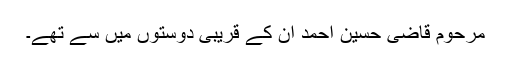
مرحوم قاضی حسین احمد ان کے قریبی دوستوں میں سے تھے۔